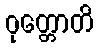
ဝုတ္တောတိ